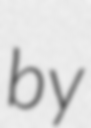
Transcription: by